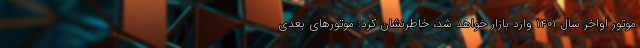
موتور اواخر سال ۱۴۰۱ وارد بازار خواهد شد، خاطرنشان کرد: موتورهای بعدی